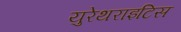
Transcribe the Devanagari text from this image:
युरेथराइटिस